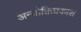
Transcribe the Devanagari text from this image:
अन्योक्तिप्रकाश